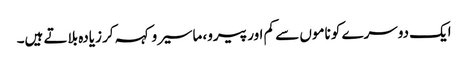
ایک دوسرے کو ناموں سے کم اور پیرو، ماسیرو کہہ کر زیادہ بلاتے ہیں۔